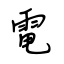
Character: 電